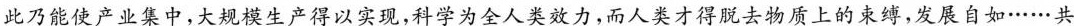
此乃能使产业集中，大规模生产得以实现，科学为全人类效力，而人类才得脱去物质上的束缚，发展自如……共